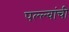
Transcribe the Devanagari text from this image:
पल्ल्वांची